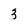
Character: 3